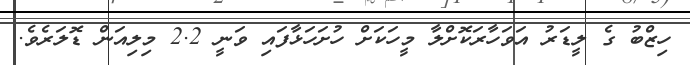
ހިޒްބު ގެ ލީޑަރު އަވަހާރަކޮށްލާ މީހަކަށް ހުށަހަޅާފައި ވަނީ 2.2 މިލިއަން ޑޮލަރެވެ.